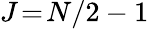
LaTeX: J\! =\! N/2-1